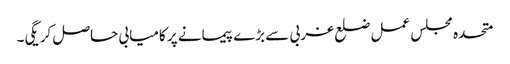
متحدہ مجلس عمل ضلع غربی سے بڑے پیمانے پر کامیابی حاصل کریگی۔